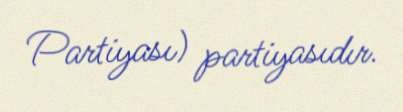
Partiyası) partiyasıdır.